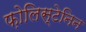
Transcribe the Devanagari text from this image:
फ़ोलिस्टेनिन